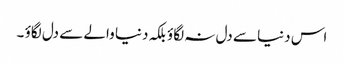
اس دنیا سے دل نہ لگاؤ بلکہ دنیا والے سے دل لگاؤ ۔